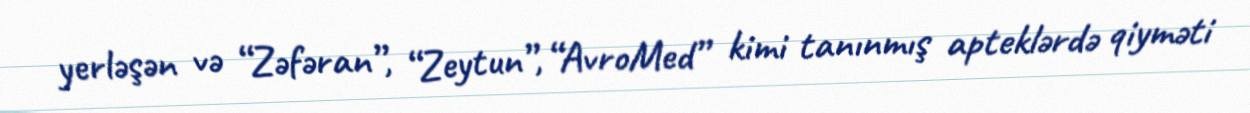
yerləşən və “Zəfəran”, “Zeytun”, “AvroMed” kimi tanınmış apteklərdə qiyməti